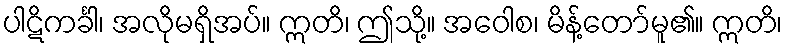
ပါဋိကင်္ခါ၊ အလိုမရှိအပ်။ ဣတိ၊ ဤသို့။ အဝေါစ၊ မိန့်တော်မူ၏။ ဣတိ၊